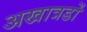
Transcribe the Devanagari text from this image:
अखात्रडों